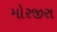
મોરજીરા